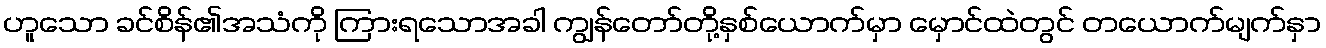
ဟူသော ခင်စိန်၏အသံကို ကြားရသောအခါ ကျွန်တော်တို့နှစ်ယောက်မှာ မှောင်ထဲတွင် တယောက်မျက်နှာ